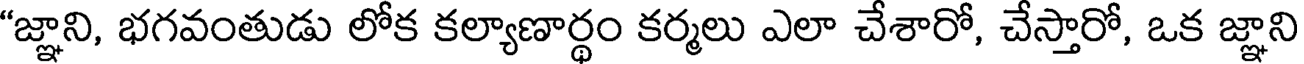
"జ్ఞాని, భగవంతుడు లోక కల్యాణార్థం కర్మలు ఎలా చేశారో, చేస్తారో, ఒక జ్ఞాని